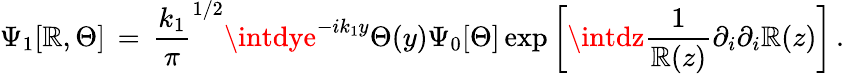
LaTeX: \Psi_{1}[\mathbb{R},\Theta]\, =\, {\frac{{k_{1}}}{{\pi}}}^{1/2}\intdye^{-ik_{1}y}\Theta(y)\Psi_{0}[\Theta]\exp\left[\intdz{\frac{{1}}{{\mathbb{R}(z)}}}\partial_{i}\partial_{i}\mathbb{R}(z)\right]\, .